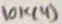
Text: 10k(4)